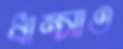
ধাম্‌সাও